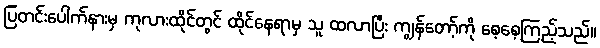
ပြတင်းပေါက်နားမှ ကုလားထိုင်တွင် ထိုင်နေရာမှ သူ ထလာပြီး ကျွန်တော့်ကို စေ့စေ့ကြည့်သည်။